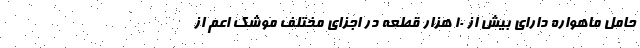
حامل ماهواره دارای بیش از ۱۰ هزار قطعه در اجزای مختلف موشک اعم از